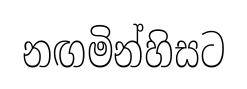
නඟමින්හිසට